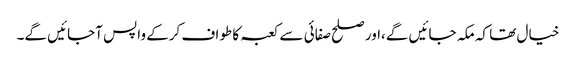
خیال تھا کہ مکہ جائیں گے،اور صلح صفائی سے کعبہ کا طواف کرکے واپس آجائیں گے۔